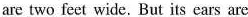
are two fect wide. But its cars are